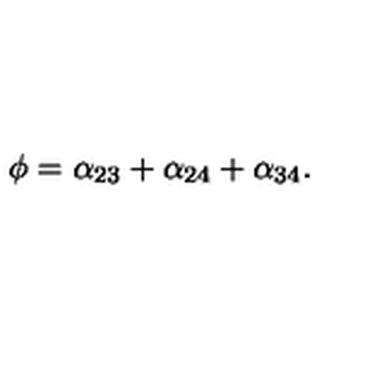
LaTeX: \phi = \alpha _ { 2 3 } + \alpha _ { 2 4 } + \alpha _ { 3 4 } .